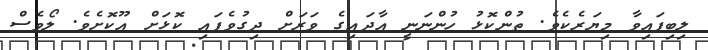
ލިބިފައިވާ މިޔަރެކެވެ. ތުންކޮޅު ހުންނަނީ އާދައިގެ ވަރަށް ދިގުވެފައި ކޮޅަށް އޫކޮށެވެ. ލޯވެސް